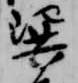
巽